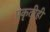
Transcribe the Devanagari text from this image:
प्रकृतीही